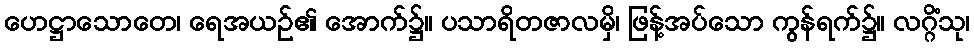
ဟေဋ္ဌာသောတေ၊ ရေအယဉ်၏ အောက်၌။ ပသာရိတဇာလမှိ၊ ဖြန့်အပ်သော ကွန်ရက်၌။ လဂ္ဂိံသု၊